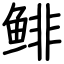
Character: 鲱